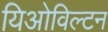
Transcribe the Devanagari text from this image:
यिओविल्टन